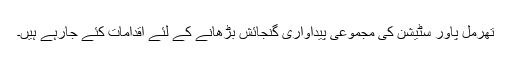
تھرمل پاور سٹیشن کی مجموعی پیداواری گنجائش بڑھانے کے لئے اقدامات کئے جارہے ہیں۔